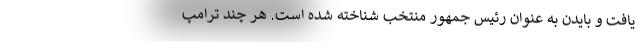
یافت و بایدن به عنوان رئیس جمهور منتخب شناخته شده است. هر چند ترامپ